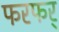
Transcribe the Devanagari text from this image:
फरफर्